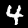
Digit: 4